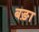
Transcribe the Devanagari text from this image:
बङ़ा